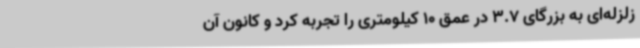
زلزله‌ای به بزرگای 3.7 در عمق 10 کیلومتری را تجربه کرد و کانون آن